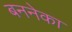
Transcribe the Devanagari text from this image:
बननेका